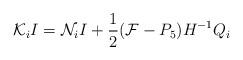
LaTeX: \begin{align*}{\cal K}_{i}I={\cal N}_{i}I+ \frac{1}{2}({\cal F}-P_5)H^{-1} Q_i\end{align*}